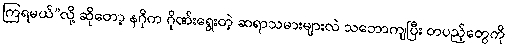
ကြရမယ်”လို့ ဆိုတော့ နဂိုက ဂိုဏ်းရွေးတဲ့ ဆရာသမားများလဲ သဘောကျပြီး တပည့်တွေကို